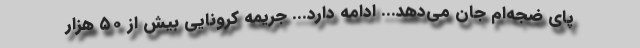
پای ضجه‌ام جان می‌دهد... ادامه دارد... جریمه کرونایی بیش از ۵۰ هزار